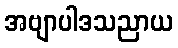
အဗျာပါဒသညာယ